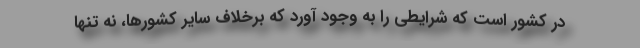
در کشور است که شرایطی را به وجود آورد که برخلاف سایر کشورها، نه تنها